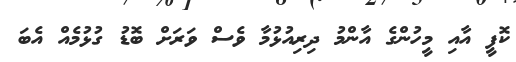
ކޮފީ އާއި މީހުންގެ އާންމު ދިރިއުޅުމާ ވެސް ވަރަށް ބޮޑު ގުޅުމެއް އެބަ